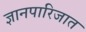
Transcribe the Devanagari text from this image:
ज्ञानपारिजात